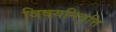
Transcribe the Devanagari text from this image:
विषयनिवृत्ति